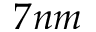
7 n m